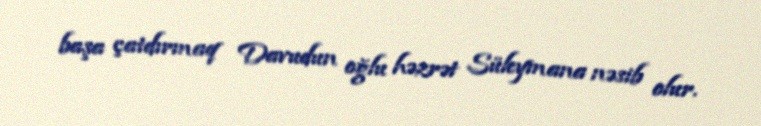
başa çatdırmaq Davudun oğlu həzrət Süleymana nəsib olur.